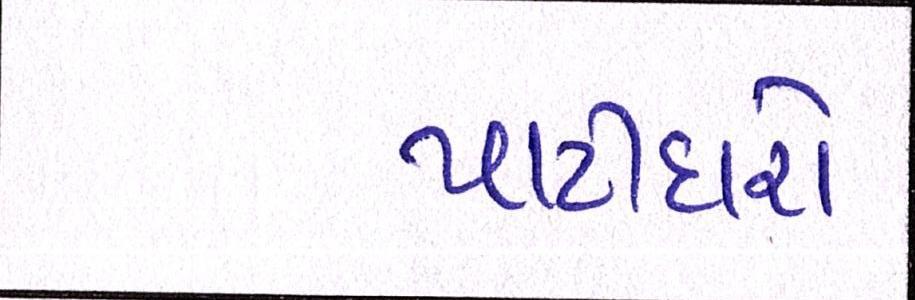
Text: પાટીદારો